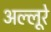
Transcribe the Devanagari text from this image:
अल्लूरे